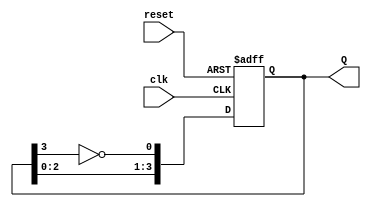
module johnson_counter (
    input wire clk,       // Clock input
    input wire reset,     // Asynchronous reset
    output reg [3:0] Q    // 4-bit output
);

// Always block triggered on the rising edge of the clock or when reset is asserted
always @(posedge clk or posedge reset) begin
    if (reset) begin
        Q <= 4'b0000;    // Reset the counter to 0000
    end else begin
        Q[0] <= ~Q[3];   // D0 takes the inverted value of Q3
        Q[1] <= Q[0];    // D1 takes the value of Q0
        Q[2] <= Q[1];    // D2 takes the value of Q1
        Q[3] <= Q[2];    // D3 takes the value of Q2
    end
end

endmodule